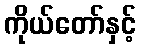
ကိုယ်တော်နှင့်